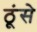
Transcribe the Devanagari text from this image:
ठूंसे